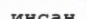
инсан